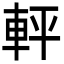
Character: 軯